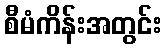
စီမံကိန်းအတွင်း